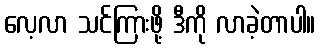
လေ့လာ သင်ကြားဖို့ ဒီကို လာခဲ့တာပါ။